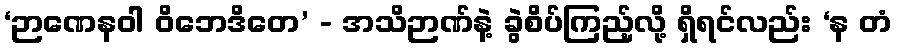
‘ဉာဏေနဝါ ဝိဘေဒိတေ’ - အသိဉာဏ်နဲ့ ခွဲစိပ်ကြည့်လို့ ရှိရင်လည်း ‘န တံ